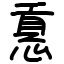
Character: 慐